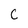
Character: C